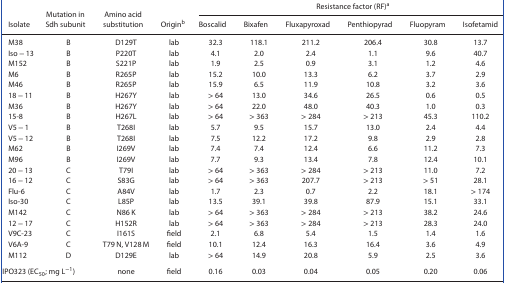
<table><thead><tr><td rowspan="2"><b>Isolate</b></td><td rowspan="2"><b>Mutation in Sdh subunit</b></td><td rowspan="2"><b>Amino acid substitution</b></td><td></td><td colspan="6"><b>Resistance factor (RF)a</b></td></tr><tr><td><b>Originb</b></td><td><b>Boscalid</b></td><td><b>Bixafen</b></td><td><b>Fluxapyroxad</b></td><td><b>Penthiopyrad</b></td><td><b>Fluopyram</b></td><td><b>Isofetamid</b></td></tr></thead><tbody><tr><td>M38</td><td>B</td><td>D129T</td><td>lab</td><td>32.3</td><td>118.1</td><td>211.2</td><td>206.4</td><td>30.8</td><td>13.7</td></tr><tr><td>Iso − 13</td><td>B</td><td>P220T</td><td>lab</td><td>4.1</td><td>2.0</td><td>2.4</td><td>1.1</td><td>9.6</td><td>40.7</td></tr><tr><td>M152</td><td>B</td><td>S221P</td><td>lab</td><td>1.9</td><td>2.5</td><td>0.9</td><td>3.1</td><td>1.2</td><td>4.6</td></tr><tr><td>M6</td><td>B</td><td>R265P</td><td>lab</td><td>15.2</td><td>10.0</td><td>13.3</td><td>6.2</td><td>3.7</td><td>2.9</td></tr><tr><td>M46</td><td>B</td><td>R265P</td><td>lab</td><td>15.9</td><td>6.5</td><td>11.9</td><td>10.8</td><td>3.2</td><td>3.6</td></tr><tr><td>18 − 11</td><td>B</td><td>H267Y</td><td>lab</td><td>&gt; 64</td><td>13.0</td><td>34.6</td><td>26.5</td><td>0.6</td><td>0.5</td></tr><tr><td>M36</td><td>B</td><td>H267Y</td><td>lab</td><td>&gt; 64</td><td>22.0</td><td>48.0</td><td>40.3</td><td>1.0</td><td>0.3</td></tr><tr><td>15‐8</td><td>B</td><td>H267L</td><td>lab</td><td>&gt; 64</td><td>&gt; 363</td><td>&gt; 284</td><td>&gt; 213</td><td>45.3</td><td>110.2</td></tr><tr><td>V5 − 1</td><td>B</td><td>T268I</td><td>lab</td><td>5.7</td><td>9.5</td><td>15.7</td><td>13.0</td><td>2.4</td><td>4.4</td></tr><tr><td>V5 − 12</td><td>B</td><td>T268I</td><td>lab</td><td>7.5</td><td>12.2</td><td>17.2</td><td>9.8</td><td>2.9</td><td>2.8</td></tr><tr><td>M62</td><td>B</td><td>I269V</td><td>lab</td><td>7.4</td><td>7.4</td><td>12.4</td><td>6.6</td><td>11.2</td><td>7.3</td></tr><tr><td>M96</td><td>B</td><td>I269V</td><td>lab</td><td>7.7</td><td>9.3</td><td>13.4</td><td>7.8</td><td>12.4</td><td>10.1</td></tr><tr><td>20 − 13</td><td>C</td><td>T79I</td><td>lab</td><td>&gt; 64</td><td>&gt; 363</td><td>&gt; 284</td><td>&gt; 213</td><td>11.0</td><td>7.2</td></tr><tr><td>16 − 12</td><td>C</td><td>S83G</td><td>lab</td><td>&gt; 64</td><td>&gt; 363</td><td>207.7</td><td>&gt; 213</td><td>&gt; 51</td><td>28.1</td></tr><tr><td>Flu‐6</td><td>C</td><td>A84V</td><td>lab</td><td>1.7</td><td>2.3</td><td>0.7</td><td>2.2</td><td>18.1</td><td>&gt; 174</td></tr><tr><td>Iso‐30</td><td>C</td><td>L85P</td><td>lab</td><td>13.5</td><td>39.1</td><td>39.8</td><td>87.9</td><td>15.1</td><td>33.1</td></tr><tr><td>M142</td><td>C</td><td>N86 K</td><td>lab</td><td>&gt; 64</td><td>&gt; 363</td><td>&gt; 284</td><td>&gt; 213</td><td>38.2</td><td>24.6</td></tr><tr><td>12 − 17</td><td>C</td><td>H152R</td><td>lab</td><td>&gt; 64</td><td>&gt; 363</td><td>&gt; 284</td><td>&gt; 213</td><td>28.3</td><td>24.0</td></tr><tr><td>V9C‐23</td><td>C</td><td>I161S</td><td>field</td><td>2.1</td><td>6.8</td><td>5.4</td><td>1.5</td><td>1.4</td><td>1.6</td></tr><tr><td>V6A‐9</td><td>C</td><td>T79 N, V128 M</td><td>field</td><td>10.1</td><td>12.4</td><td>16.3</td><td>16.4</td><td>3.6</td><td>4.9</td></tr><tr><td>M112</td><td>D</td><td>D129E</td><td>lab</td><td>&gt; 64</td><td>14.9</td><td>20.8</td><td>5.9</td><td>2.5</td><td>3.6</td></tr><tr><td colspan="2">IPO323 (EC<sub>50</sub>; mg L<sup>−1</sup>)</td><td>none</td><td>field</td><td>0.16</td><td>0.03</td><td>0.04</td><td>0.05</td><td>0.20</td><td>0.06</td></tr></tbody></table>